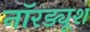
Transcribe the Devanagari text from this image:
नॉरड्यूश